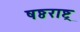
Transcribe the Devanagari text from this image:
षष्ठराष्ट्र